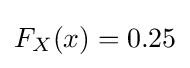
F_{X}(x)=0.25